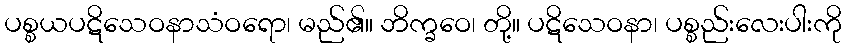
ပစ္စယပဋိသေဝနာသံဝရော၊ မည်၏။ ဘိက္ခဝေ၊ တို့။ ပဋိသေဝနာ၊ ပစ္စည်းလေးပါးကို